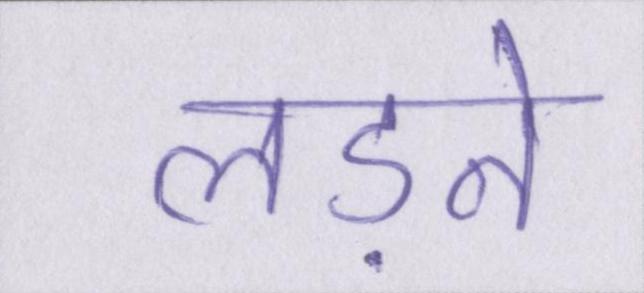
लड़ने